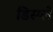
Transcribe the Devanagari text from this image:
डिस्‍प्ले